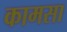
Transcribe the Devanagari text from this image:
कामसा